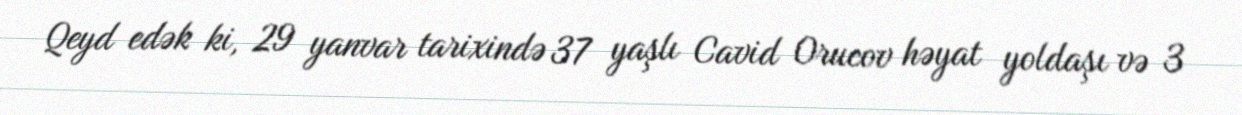
Qeyd edək ki, 29 yanvar tarixində 37 yaşlı Cavid Orucov həyat yoldaşı və 3